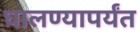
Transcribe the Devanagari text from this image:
घालण्यापर्यंत